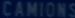
CAMION